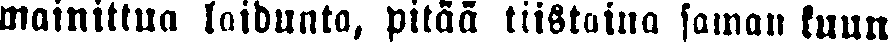
mainittua laidunta, pitää tiistaina saman kuun